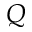
Q